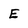
Character: E